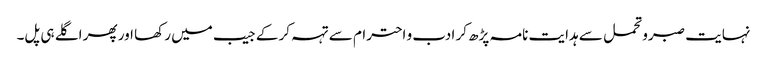
نہایت صبرو تحمل سے ہدایت نامہ پڑھ کر ادب و احترام سے تہہ کر کے جیب میں رکھا اور پھر اگلے ہی پل۔